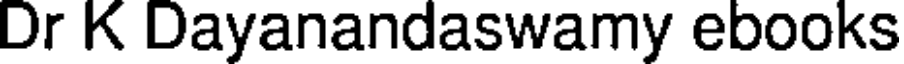
Dr K Dayanandaswamy ebooks